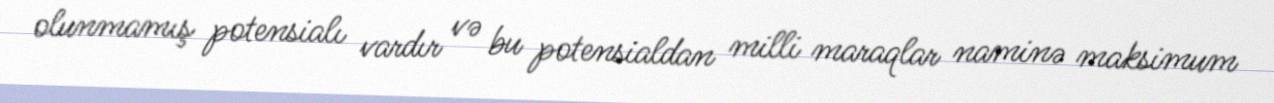
olunmamış potensialı vardır və bu potensialdan milli maraqlar naminə maksimum